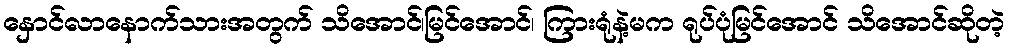
နှောင်လာနောက်သားအတွက် သိအောင်၊မြင်အောင်၊ ကြားရုံနဲ့မက ရုပ်ပုံမြင်အောင် သိအောင်ဆိုတဲ့